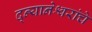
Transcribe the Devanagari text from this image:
द्न्यानेश्वरांचे